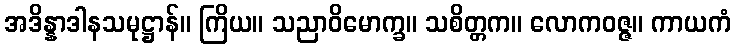
အဒိန္နာဒါနသမုဋ္ဌာန်။ ကြိယ။ သညာဝိမောက္ခ။ သစိတ္တက။ လောကဝဇ္ဇ။ ကာယကံ